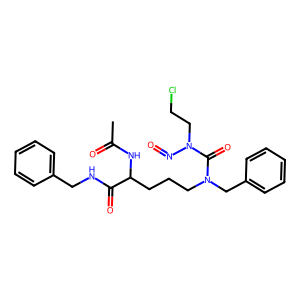
SMILES: CC(=O)NC(CCCN(Cc1ccccc1)C(=O)N(CCCl)N=O)C(=O)NCc1ccccc1
Inhibits HIV replication: No